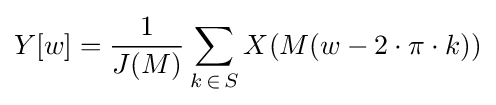
Y[w]={\frac {1}{J(M)}}\sum _{k\mathop {\in } S}X(M(w-2\cdot \pi \cdot k))